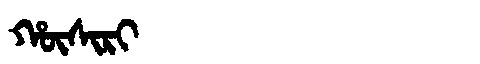
Manchu: ᡥᡡᠰᡳᡵᡳ
Romanization: HŪSIRI